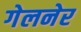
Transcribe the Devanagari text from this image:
गेलनेर